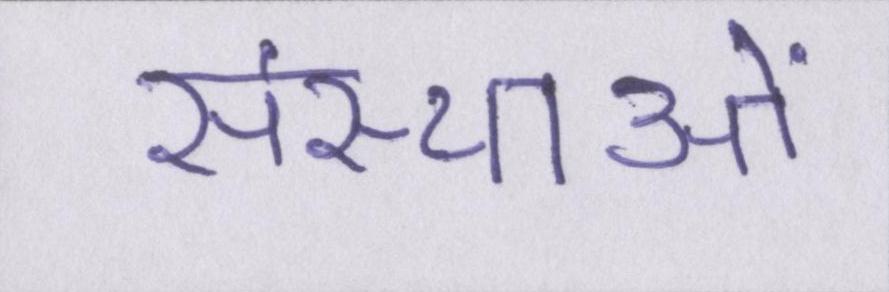
संस्थाओं